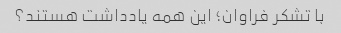
با تشکر فراوان؛ این همه یادداشت هستند؟